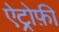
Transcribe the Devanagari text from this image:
ऐट्रोफ़ी